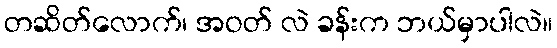
တဆိတ်လောက်၊ အဝတ် လဲ ခန်းက ဘယ်မှာပါလဲ။